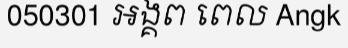
050301 អង្គព ពេល Angk